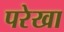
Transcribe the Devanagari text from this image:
परेखा